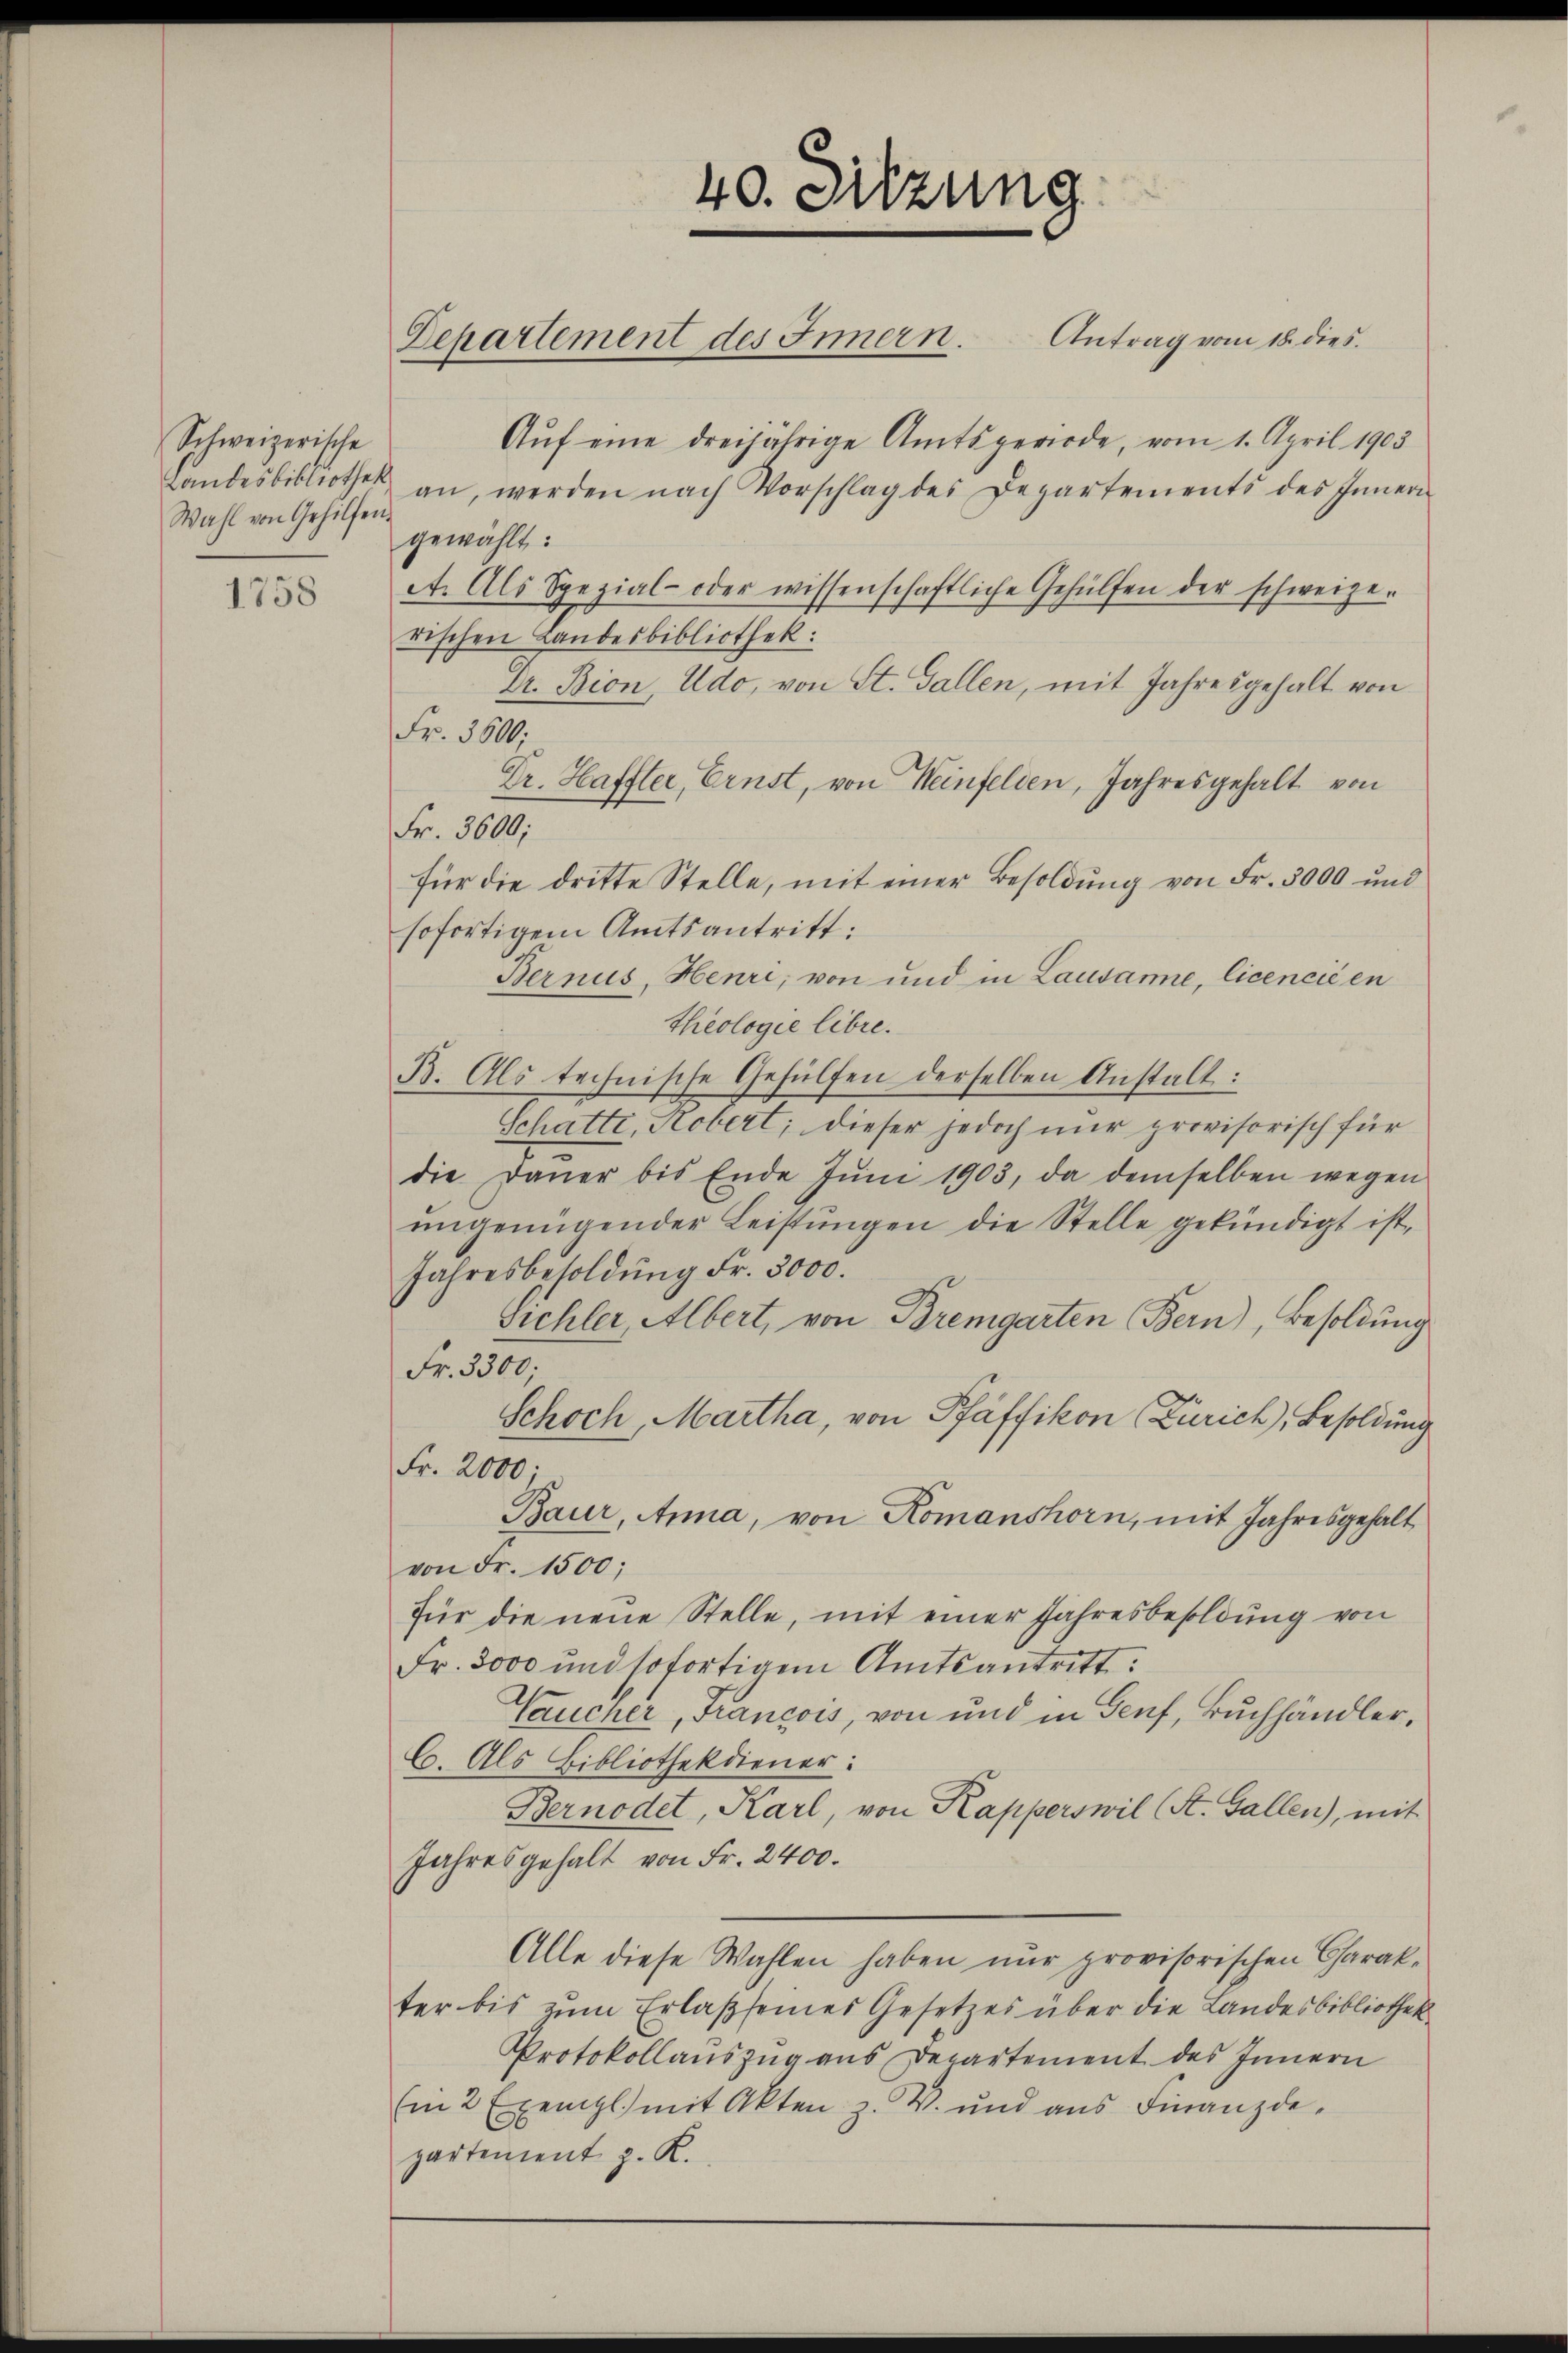
Schweizerische
Landesbibliothek
Wahl von Gehilfen.

1758

40. Sitzung
Departement des Innern.

Antrag vom 18. dies.
Aŭf eine dreijährige Amtsperiode, vom 1. April 1905
an, werden nach Vorschlag des Departements des Innern
gewählt:
A. Als Spezial- oder wissenschaftliche Gehülfen der schweize-
rischen Landesbibliothek:
Dr. Bion, Ado, von St. Gallen, mit Jahresgehalt von
Fr. 3600;
Dr. Haffter, Ernst, von Heinfelden, Jahresgehalt von
Fr. 3000,
für die dritte Stelle, mit einer Besoldung von Fr. 3000 und
sofortigem Amtsantritt:
Bernus, Henri, von und in Lausanne, licencié en
theologie libre.
B. Als technische Gehülfen derselben Anstalt:
Schatti, Robert; dieser jedoch nur provisorisch für
die Daŭer bis Ende Jŭni 1903, da demselben wegen
ungenügender Leistŭngen die Stelle gekündigt ist,
Jahresbesoldung Fr. 3000.
bichler, Albert, von Bremgarten Bern), Besoldung
Fr. 3500;
Schoch, Martha, von Pfäffikon (Zürich, Besoldung
Fr. 2000.
Baur, Anna, von Romanshorn, mit Jahresgehalt
von Fr. 1500;
für die neue Stelle, mit einer Jahresbesoldung von
Fr. 3000 und sofortigem Amtsantritt.
Vaucher, Francois, von und in Genf, Buchhändler,
C. Als Bibliothekdiener:
Bernodet, Karl, von Kapperswil (St. Gallen), mit
Jahresgehalt von Fr. 2400.
Alle diese Wahlen haben nur provisorischen Charakter bis zum Erlaß seines Gesetzes über die Landesbibliothek
Protokollauszug aus Departement des Innern
(in 2 Exempl. mit Akten z. V. und aŭs Finanzde
partement z. K.